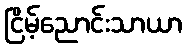
ငြိမ့်ညောင်းသာယာ